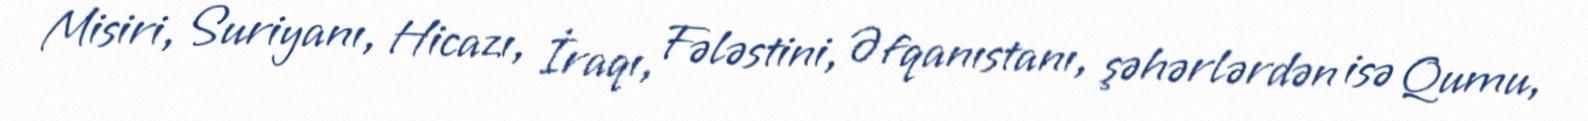
Misiri, Suriyanı, Hicazı, İraqı, Fələstini, Əfqanıstanı, şəhərlərdən isə Qumu,